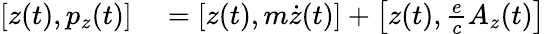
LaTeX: \begin{array}{rl}{[z(t),p_{z}(t)]}&{{}=\left[z(t),m{\dot{z}}(t)\right]+\left[z(t),{\frac{e}{c}}A_{z}(t)\right]}\end{array}